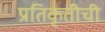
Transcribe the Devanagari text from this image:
प्रतिकृतीची